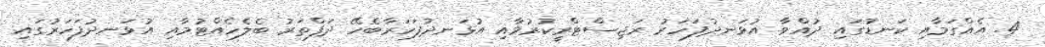
4. އެއްގަމާއި ކަނޑުގައި ދުއްވާ އުޅަނދުފަހަރު ރަޖިސްޓްރީކުރުމާއި އުޅަނދުފަހަރާބެހޭ ދަފްތަރު ބެލެހެއްޓުމާއި އުޅަނދުފަހަރުގައި